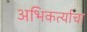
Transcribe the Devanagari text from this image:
अभिकर्त्याचा